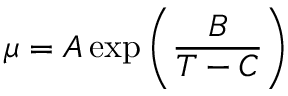
\mu = A \exp \left( { \frac { B } { T - C } } \right)